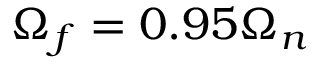
\Omega _ { f } = 0 . 9 5 \Omega _ { n }